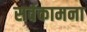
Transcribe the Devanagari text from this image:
सर्वकामना